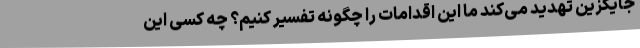
جایگزین تهدید می‌کند ما این اقدامات را چگونه تفسیر کنیم؟ چه کسی این